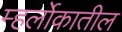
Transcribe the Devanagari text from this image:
म्हर्लोकातील